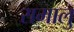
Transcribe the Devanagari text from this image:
रामालु